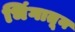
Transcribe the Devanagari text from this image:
भिंगातून